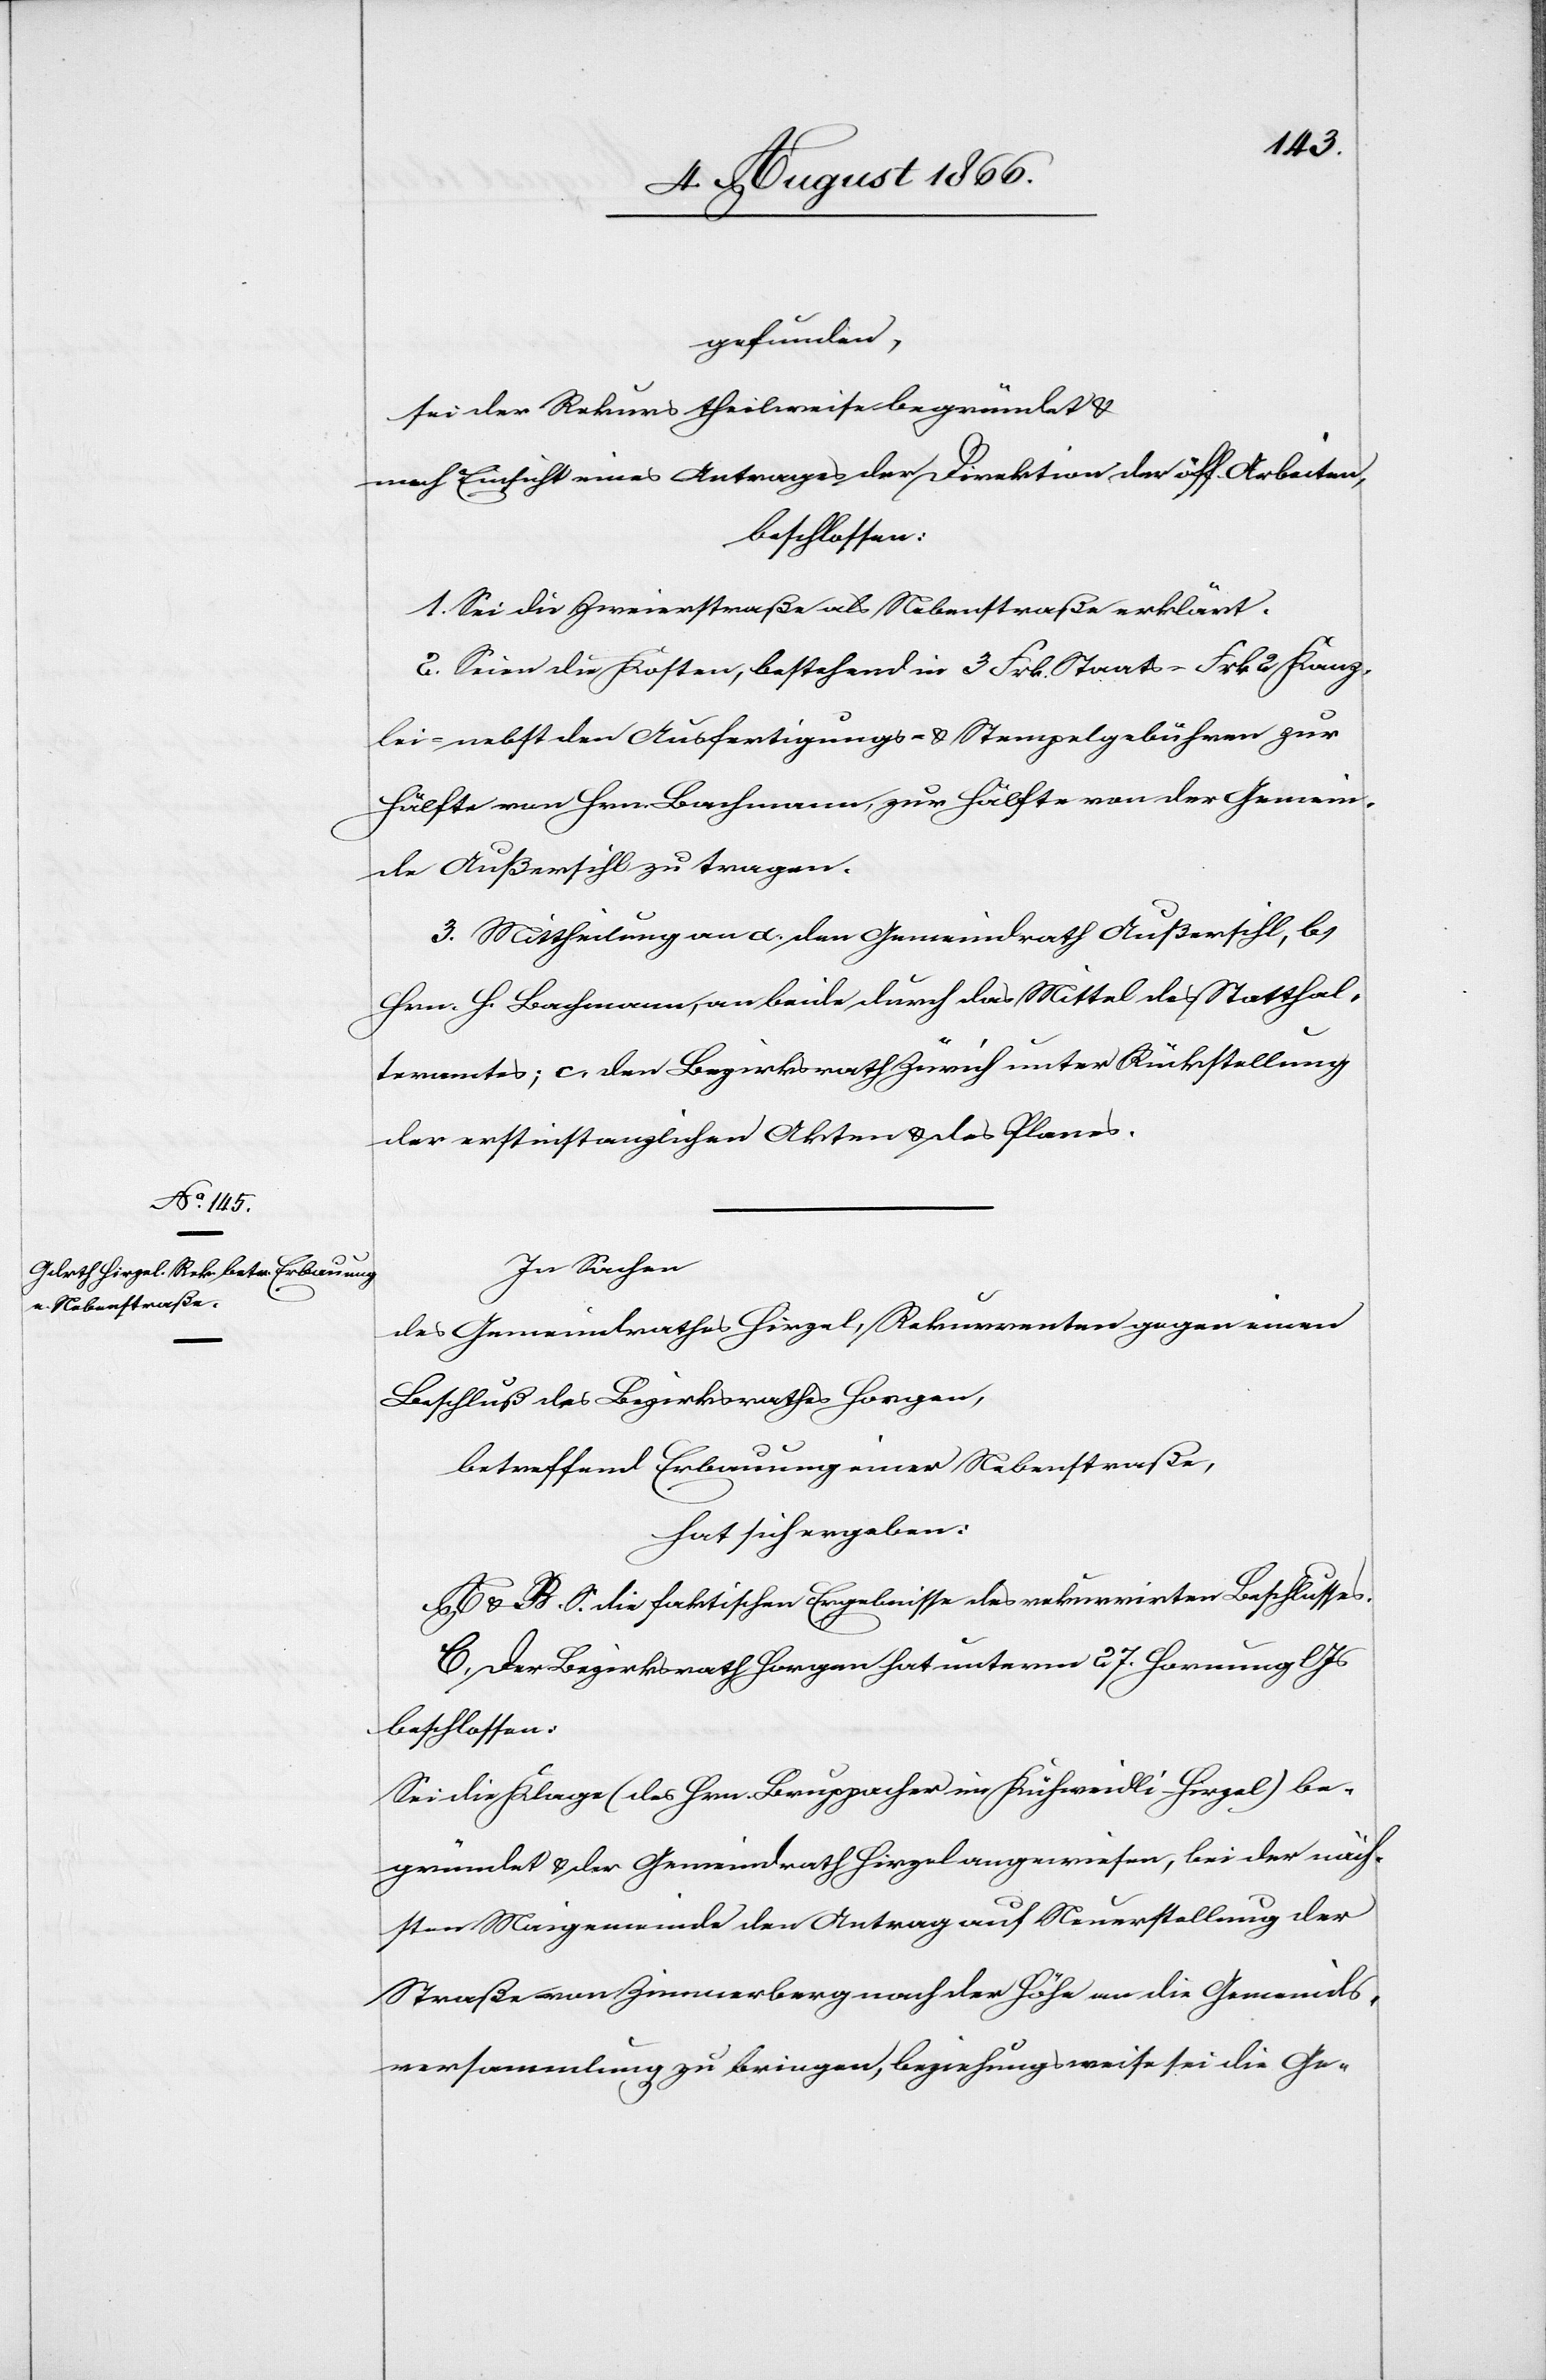
gefunden,
sei der Rekurs theilweise begründet u.
nach Einsicht eines Antrages der Direktion der öff. Arbeiten,
beschlossen:
1. Sei die Zweierstraße als Nebenstraße erklärt.
2. Seien die Kosten bestehend in 3 Frk. Staats-[,] Frk. 2 Kanz¬
lei- nebst den Ausfertigungs- u. Stempelgebühren zur
Hälfte von Hrn. Bachmann, zur Hälfte von der Gemein¬
de Außersihl zu tragen.
3. Mittheilung an a. den Gemeindrath Außersihl, b.
Hrn. H. Bachmann, an beide durch das Mittel des Statthal¬
teramtes; c. den Bezirksrath Zürich unter Rückstellung
der erstinstanzlichen Akten u. des Planes.
In Sachen
des Gemeindrathes Hirzel, Rekurrenten gegen einen
Beschluß des Bezirksrathes Horgen,
betreffend Erbauung einer Nebenstraße,
hat sich ergeben:
A u. B. S. die faktischen Ergebnisse des rekurrirten Beschlusses.
C. Der Bezirksrath Horgen hat unterm 27. Hornung l
beschlossen:
Sei die Klage (des Hrn. Bruppacher im Kühweidli-Hirzel) be¬
gründet u. der Gemeindrath Hirzel angewiesen, bei der näch¬
sten Maigemeinde den Antrag auf Neuerstellung der
Straße von Zimmerberg nach der Höhe an die Gemeinds¬
versammlung zu bringen, beziehungsweise sei die Ge-